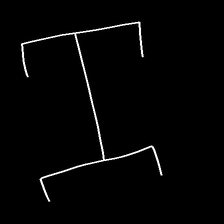
Glyph: entwine